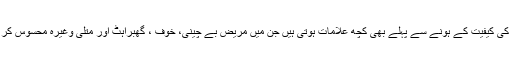
دورے کی کیفیت کے ہونے سے پہلے بھی کچھ علامات ہوتی ہیں جن میں مریض بے چینی، خوف ، گھبراہٹ اور متلی وغیرہ محسوس کر نا ہے۔